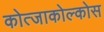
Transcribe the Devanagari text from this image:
कोत्जाकोल्कोस